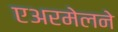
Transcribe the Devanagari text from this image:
एअरमेलने